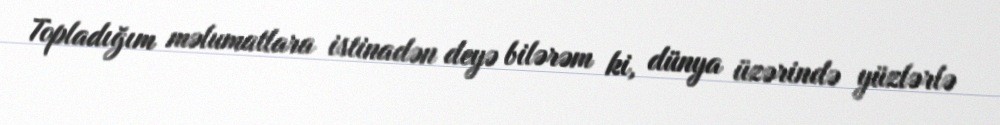
Topladığım məlumatlara istinadən deyə bilərəm ki, dünya üzərində yüzlərlə